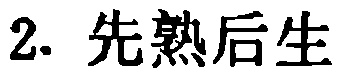
2. 先熟后生